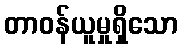
တာဝန်ယူမှုရှိသော